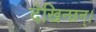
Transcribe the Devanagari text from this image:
देखिन्छन्।